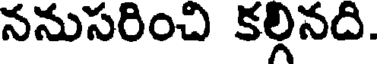
ననుసరించి కల్గినది.